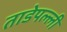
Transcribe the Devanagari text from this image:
ताडेपल्ली